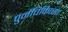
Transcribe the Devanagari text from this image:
पुर्नचिकित्सा